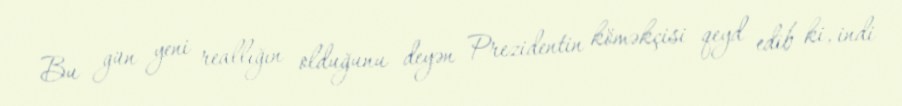
Bu gün yeni reallığın olduğunu deyən Prezidentin köməkçisi qeyd edib ki, indi